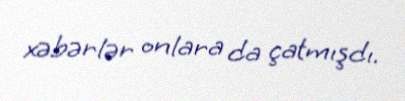
xəbərlər onlara da çatmışdı.